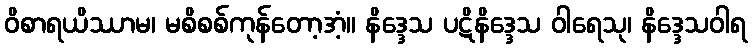
ဝိစာရယိဿာမ၊ မစိစစ်ကုန်တော့အံ့။ နိဒ္ဒေသ ပဋိနိဒ္ဒေသ ဝါရေသု၊ နိဒ္ဒေသဝါရ